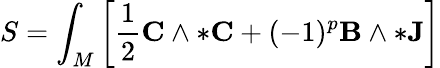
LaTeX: S=\int_{M}\left[{\frac{1}{2}}\mathbf{C}\wedge*\mathbf{C}+(-1)^{p}\mathbf{B}\wedge*\mathbf{J}\right]